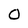
Character: O